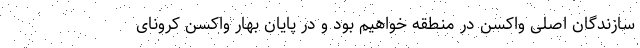
سازندگان اصلی واکسن در منطقه خواهیم بود و در پایان بهار واکسن کرونای